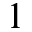
1